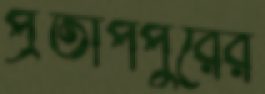
প্রতাপপুরের